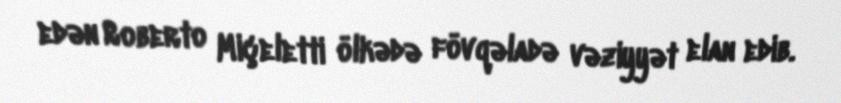
edən Roberto Miçeletti ölkədə fövqəladə vəziyyət elan edib.